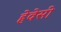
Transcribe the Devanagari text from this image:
हेवेसी